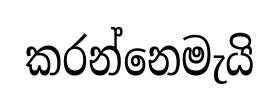
කරන්නෙමැයි